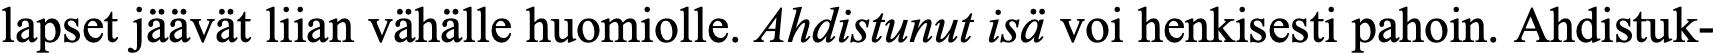
lapset jäävät liian vähälle huomiolle. Ahdistunut isä voi henkisesti pahoin. Ahdistuk-